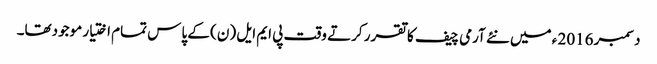
دسمبر 2016 ء میں نئے آرمی چیف کا تقرر کرتے وقت پی ایم ایل (ن) کے پاس تمام اختیار موجودتھا۔